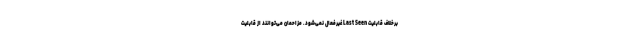
برخلاف قابلیت Last Seen غیرفعال نمی‌شود. مزاحمان می‌توانند از قابلیت